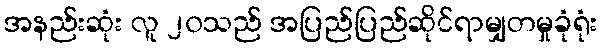
အနည်းဆုံး လူ ၂၀သည် အပြည်ပြည်ဆိုင်ရာမျှတမှုခုံရုံး